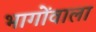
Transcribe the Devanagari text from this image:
भागोंवाला